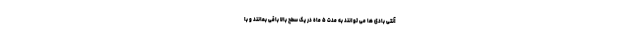
آنتی بادی ها می توانند به مدت ۵ ماه در یک سطح بالا باقی بمانند و با